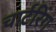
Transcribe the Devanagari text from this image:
चार्टरिंग